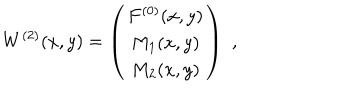
W ^ { ( 2 ) } ( x , y ) = \left( \begin{array} { c } { { F ^ { ( 0 ) } ( x , y ) } } \\ { { M _ { 1 } ( x , y ) } } \\ { { M _ { 2 } ( x , y ) } } \\ \end{array} \right) \, \, ,